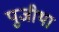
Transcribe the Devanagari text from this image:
पुजीथा